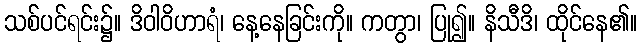
သစ်ပင်ရင်း၌။ ဒိဝါဝိဟာရံ၊ နေ့နေခြင်းကို။ ကတွာ၊ ပြု၍။ နိသီဒိ၊ ထိုင်နေ၏။